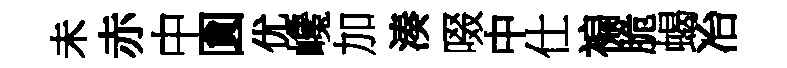
未赤中圎优巉加湊啜中仕褊脆蝎冶